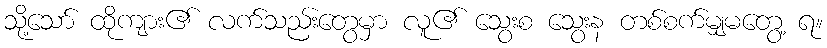
သို့သော် ထိုကျား၏ လက်သည်းတွေမှာ လူ၏ သွေးစ သွေးန တစ်စက်မျှမတွေ့ ရ။